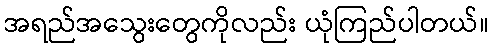
အရည်အသွေးတွေကိုလည်း ယုံကြည်ပါတယ်။